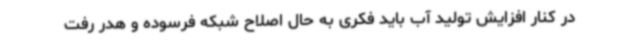
در کنار افزایش تولید آب باید فکری به حال اصلاح شبکه فرسوده و هدر رفت